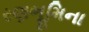
રણભૂમિના